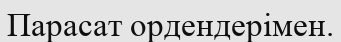
Парасат ордендерімен.